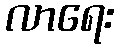
လာရေး